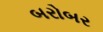
બરોબર